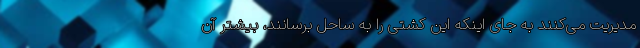
مدیریت می‌کنند به جای اینکه این کشتی را به ساحل برسانند، بیشتر آن